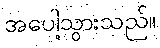
အပေါ့သွားသည်။